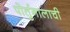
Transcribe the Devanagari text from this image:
पोर्तुगालाची